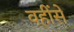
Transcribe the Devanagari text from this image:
वहींसे